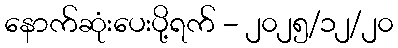
နောက်ဆုံးပေးပို့ရက် - ၂၀၂၅/၁၂/၂၀